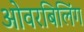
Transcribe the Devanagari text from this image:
ओवरबिलिंग